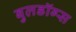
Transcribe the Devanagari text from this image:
बुलडॉग्‍स